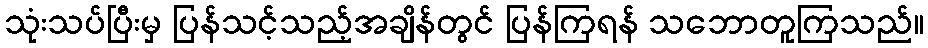
သုံးသပ်ပြီးမှ ပြန်သင့်သည့်အချိန်တွင် ပြန်ကြရန် သဘောတူကြသည်။